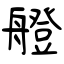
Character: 艠